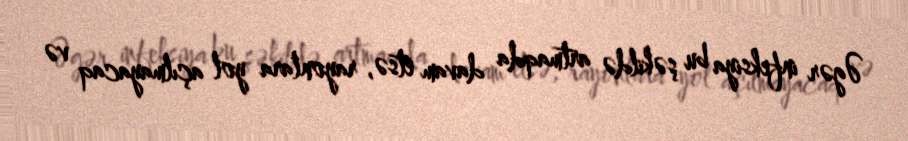
Əgər infeksiya bu şəkildə artmaqda davam etsə, rayonlara yol açılmayacaq və